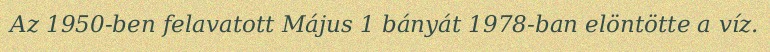
Az 1950-ben felavatott Május 1 bányát 1978-ban elöntötte a víz.